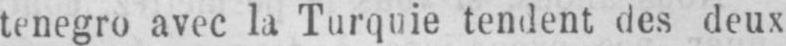
tenegro avec la Turquie tendent des deux